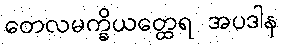
တေလမက္ခိယတ္ထေရ အပဒါန